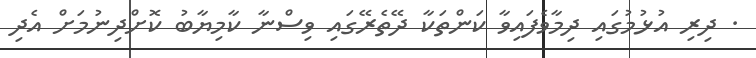
. ދިރި އުޅުމުގައި ދިމާވެފައިވާ ކަންތަކާ ދޭތެރޭގައި ވިސްނާ ކާމިޔާބު ކޮށްދިނުމަށް އެދި